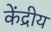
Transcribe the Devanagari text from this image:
केंद्रीय